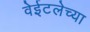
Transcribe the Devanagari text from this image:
वेईटलेच्या